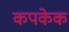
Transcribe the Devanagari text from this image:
कपकेक